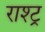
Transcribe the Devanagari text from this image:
राश्ट्र